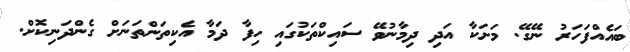
ބައެއްފަހަރު ނޭގޭ. މަށަަކާ އަދި ދިމާނުވޭ ސައިކްތަކުގައި ހިފާ ދަމާ އެކިތަންތަނަށް ގެންދަނިކޮށް.